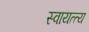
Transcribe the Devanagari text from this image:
स्वायत्त्य